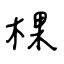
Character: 棵